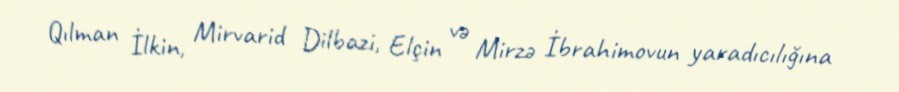
Qılman İlkin, Mirvarid Dilbazi, Elçin və Mirzə İbrahimovun yaradıcılığına